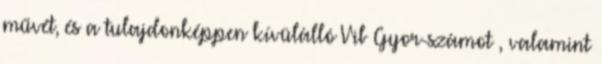
művét, és a tulajdonképpen kívülálló Vib Gyor-számot , valamint